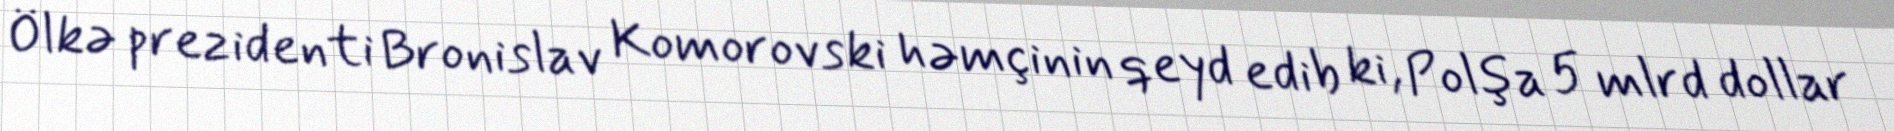
Ölkə prezidenti Bronislav Komorovski həmçinin qeyd edib ki, Polşa 5 mlrd dollar